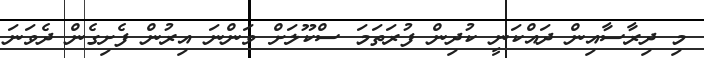
މި ދިރާސާއިން ދައްކަނީ ކުދިން ފުރަތަމަ ސްކޫލަށް ވަންނަ އިރުން ފެށިގެން ދެވަނަ